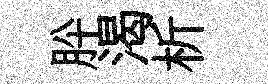
肸渴析